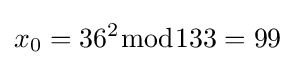
x_{0}=36^{2}{\bmod {1}}33=99